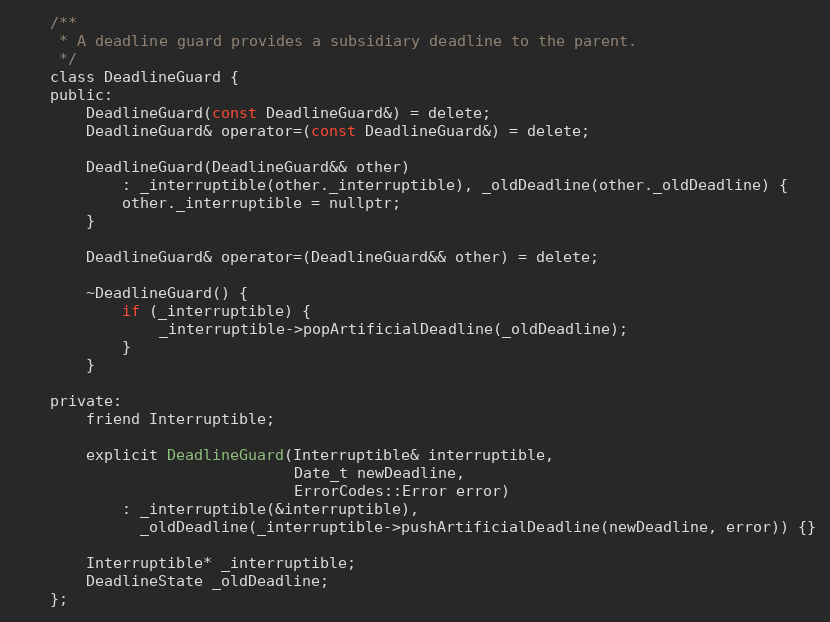
Language: C
    /**
     * A deadline guard provides a subsidiary deadline to the parent.
     */
    class DeadlineGuard {
    public:
        DeadlineGuard(const DeadlineGuard&) = delete;
        DeadlineGuard& operator=(const DeadlineGuard&) = delete;

        DeadlineGuard(DeadlineGuard&& other)
            : _interruptible(other._interruptible), _oldDeadline(other._oldDeadline) {
            other._interruptible = nullptr;
        }

        DeadlineGuard& operator=(DeadlineGuard&& other) = delete;

        ~DeadlineGuard() {
            if (_interruptible) {
                _interruptible->popArtificialDeadline(_oldDeadline);
            }
        }

    private:
        friend Interruptible;

        explicit DeadlineGuard(Interruptible& interruptible,
                               Date_t newDeadline,
                               ErrorCodes::Error error)
            : _interruptible(&interruptible),
              _oldDeadline(_interruptible->pushArtificialDeadline(newDeadline, error)) {}

        Interruptible* _interruptible;
        DeadlineState _oldDeadline;
    };